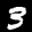
Label: 3